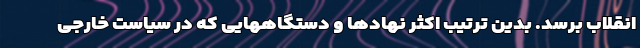
انقلاب برسد. بدین ترتیب اکثر نهادها و دستگاههایی که در سیاست خارجی